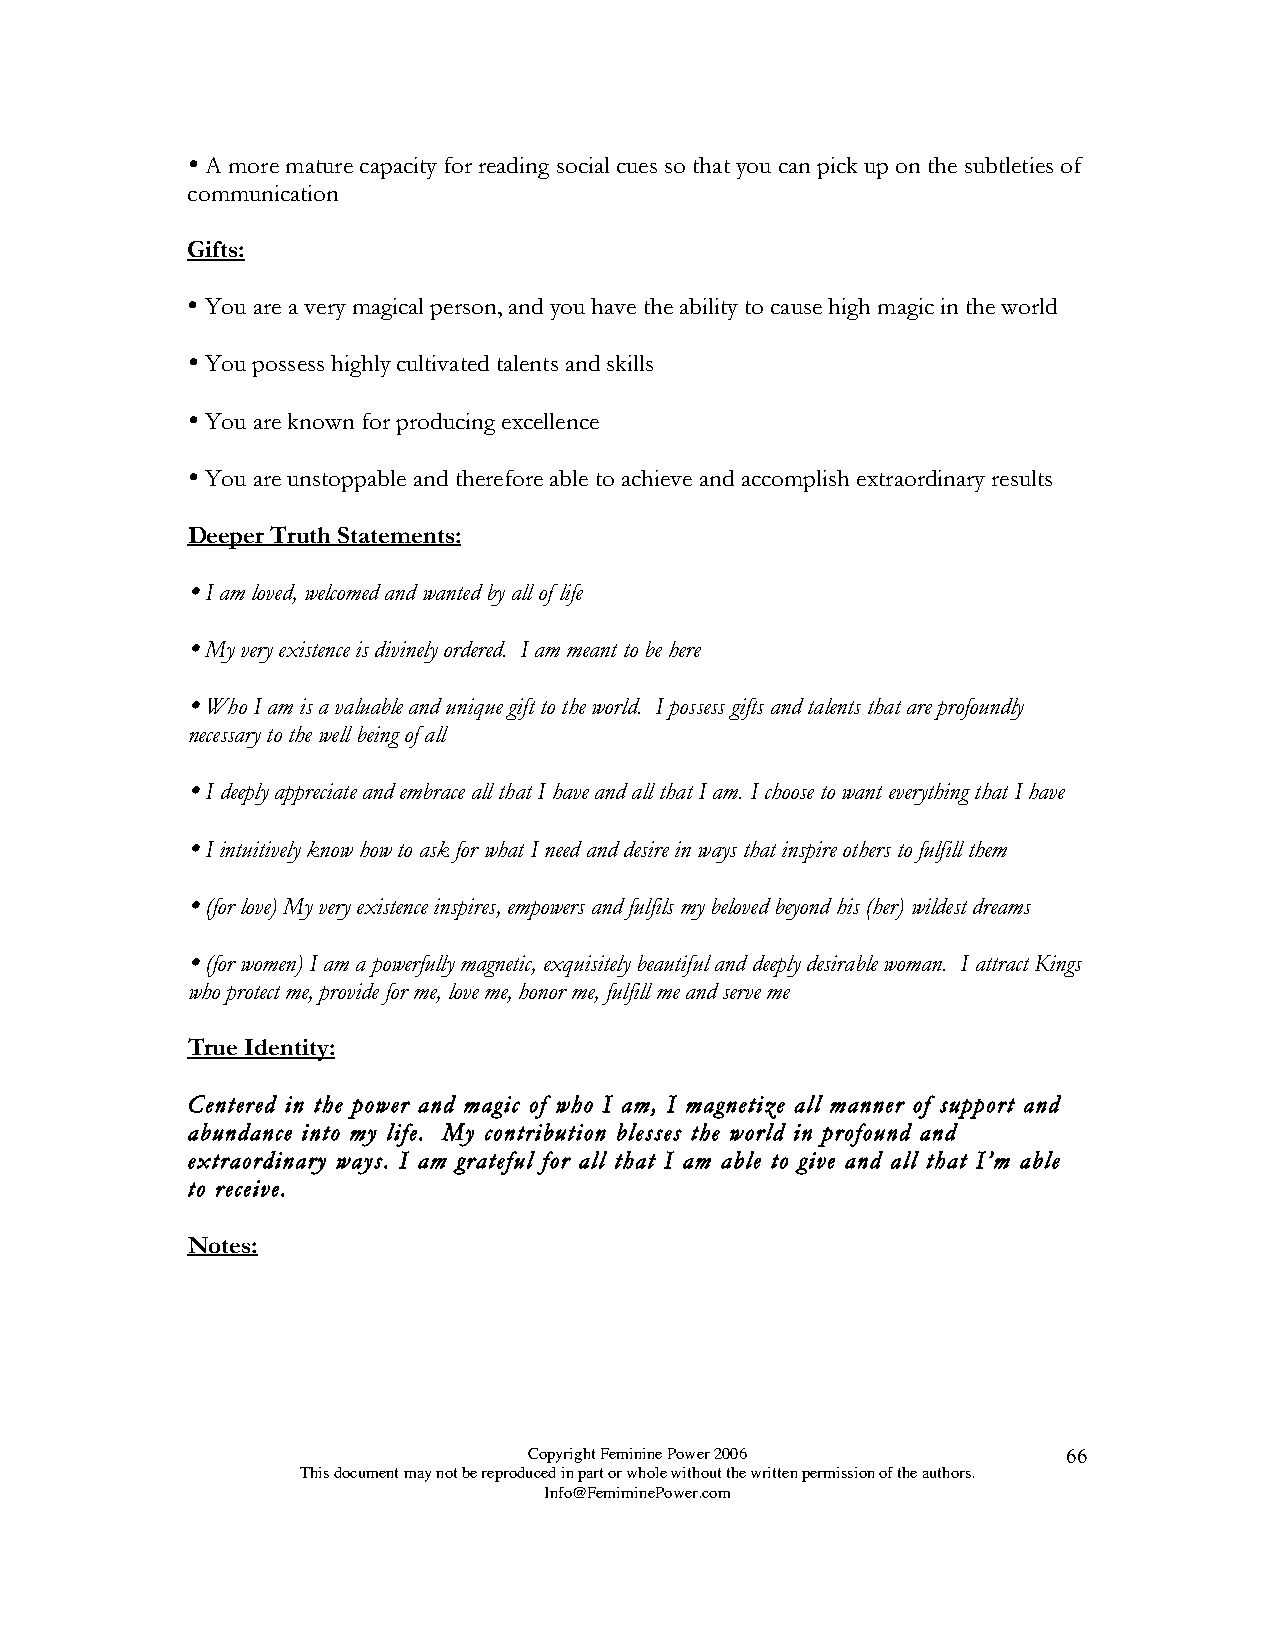

 A more mature capacity for reading social cues so that you can pick up on the subtleties of
 communication
 Gifts:
 
 You are a very magical person, and you have the ability to cause high magic in the world
 
 You possess highly cultivated talents and skills
 
 You are known for producing excellence
 
 You are unstoppable and therefore able to achieve and accomplish extraordinary results
 Deeper Truth Statements:
 
 I am loved, welcomed and wanted by all of life
 
 My very existence is divinely ordered. I am meant to be here
 
 Who I am is a valuable and unique gift to the world. I possess gifts and talents that are profoundly
 necessary to the well being of all
 
 I deeply appreciate and embrace all that I have and all that I am. I choose to want everything that I have
 
 I intuitively know how to ask for what I need and desire in ways that inspire others to fulfill them
 
 (for love) My very existence inspires, empowers and fulfils my beloved beyond his (her) wildest dreams
 
 (for women) I am a powerfully magnetic, exquisitely beautiful and deeply desirable woman. I attract Kings
 who protect me, provide for me, love me, honor me, fulfill me and serve me
 True Identity:
 Centered in the power and magic of who I am, I magnetize all manner of support and
 abundance into my life. My contribution blesses the world in profound and
 extraordinary ways. I am grateful for all that I am able to give and all that I’m able
 to receive.
 Notes:
 Copyright Feminine Power 2006       66
 This document may not be reproduced in part or whole without the written permission of the authors.
 Info@FemiminePower.com